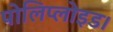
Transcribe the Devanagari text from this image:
पोलिप्लोइड।